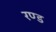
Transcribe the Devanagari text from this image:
रण्ड